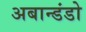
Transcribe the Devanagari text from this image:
अबान्डंडो